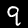
Digit: 9